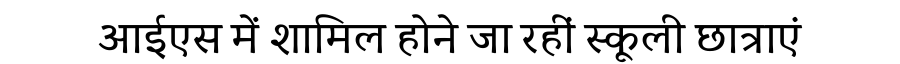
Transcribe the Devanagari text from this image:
आईएस में शामिल होने जा रहीं स्कूली छात्राएं